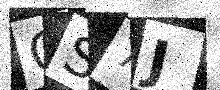
Text: CS7J